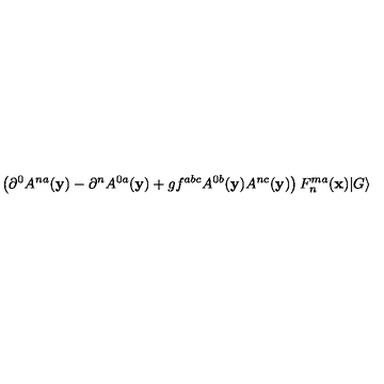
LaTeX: \left( \partial ^ { 0 } A ^ { n a } ( { \bf y } ) - \partial ^ { n } A ^ { 0 a } ( { \bf y } ) + g f ^ { a b c } A ^ { 0 b } ( { \bf y } ) A ^ { n c } ( { \bf y } ) \right) F _ { n } ^ { m a } ( { \bf x } ) \vert G \rangle